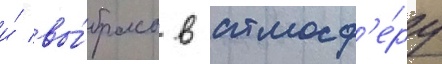
и́ вы́бросы в атмосф'е́ру